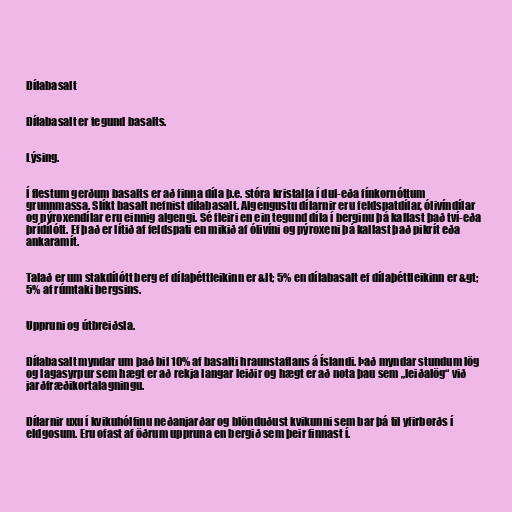
Dílabasalt

Dílabasalt er tegund basalts.

Lýsing.

Í flestum gerðum basalts er að finna díla þ.e. stóra kristalla í dul-eða fínkornóttum
grunnmassa. Slíkt basalt nefnist dílabasalt. Algengustu dílarnir eru feldspatdílar, ólivíndílar
og pýroxendílar eru einnig algengi. Sé fleiri en ein tegund díla í berginu þá kallast það tví-eða
þrídílótt. Ef það er lítið af feldspati en mikið af ólivíni og pýroxeni þá kallast það pikrít eða
ankaramít.

Talað er um stakdílótt berg ef dílaþéttleikinn er &lt; 5% en dílabasalt ef dílaþéttleikinn er &gt;
5% af rúmtaki bergsins.

Uppruni og útbreiðsla.

Dílabasalt myndar um það bil 10% af basalti hraunstaflans á Íslandi. Það myndar stundum lög
og lagasyrpur sem hægt er að rekja langar leiðir og hægt er að nota þau sem „leiðalög“ við
jarðfræðikortalagningu.

Dílarnir uxu í kvikuhólfinu neðanjarðar og blönduðust kvikunni sem bar þá til yfirborðs í
eldgosum. Eru ofast af öðrum uppruna en bergið sem þeir finnast í.